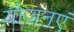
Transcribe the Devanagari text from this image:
योजनएं